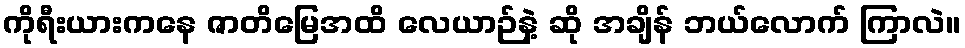
ကိုရီးယားကနေ ဇာတိမြေအထိ လေယာဉ်နဲ့ ဆို အချိန် ဘယ်လောက် ကြာလဲ။